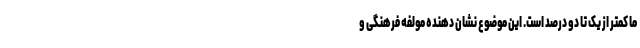
ما کمتر از یک تا دو درصد است. این موضوع نشان دهنده مولفه فرهنگی و